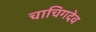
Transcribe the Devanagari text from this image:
चाचिगदेव